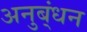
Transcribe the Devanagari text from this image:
अनुब्ंधन